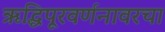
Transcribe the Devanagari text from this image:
ऋद्धिपूरवर्णनावरचा